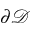
\partial \mathcal { D }